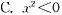
C.x^{2}<0